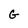
Character: G